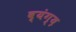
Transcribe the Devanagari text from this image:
व्यंग्य़